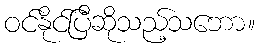
ဝင်နိုင်ပြီဆိုသည့်သဘော။